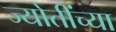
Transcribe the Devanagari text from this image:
ज्योतींच्या